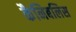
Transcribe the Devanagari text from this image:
कैनिबलिस